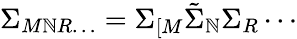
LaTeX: \Sigma_{M\mathbb{N}R\ldots}=\Sigma_{[M}\tilde{{\Sigma}}_{\mathbb{N}}\Sigma_{R}\cdots